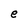
Character: e